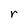
Character: r